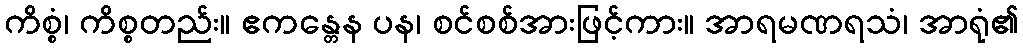
ကိစ္စံ၊ ကိစ္စတည်း။ ဧကန္တေန ပန၊ စင်စစ်အားဖြင့်ကား။ အာရမဏရသံ၊ အာရုံ၏